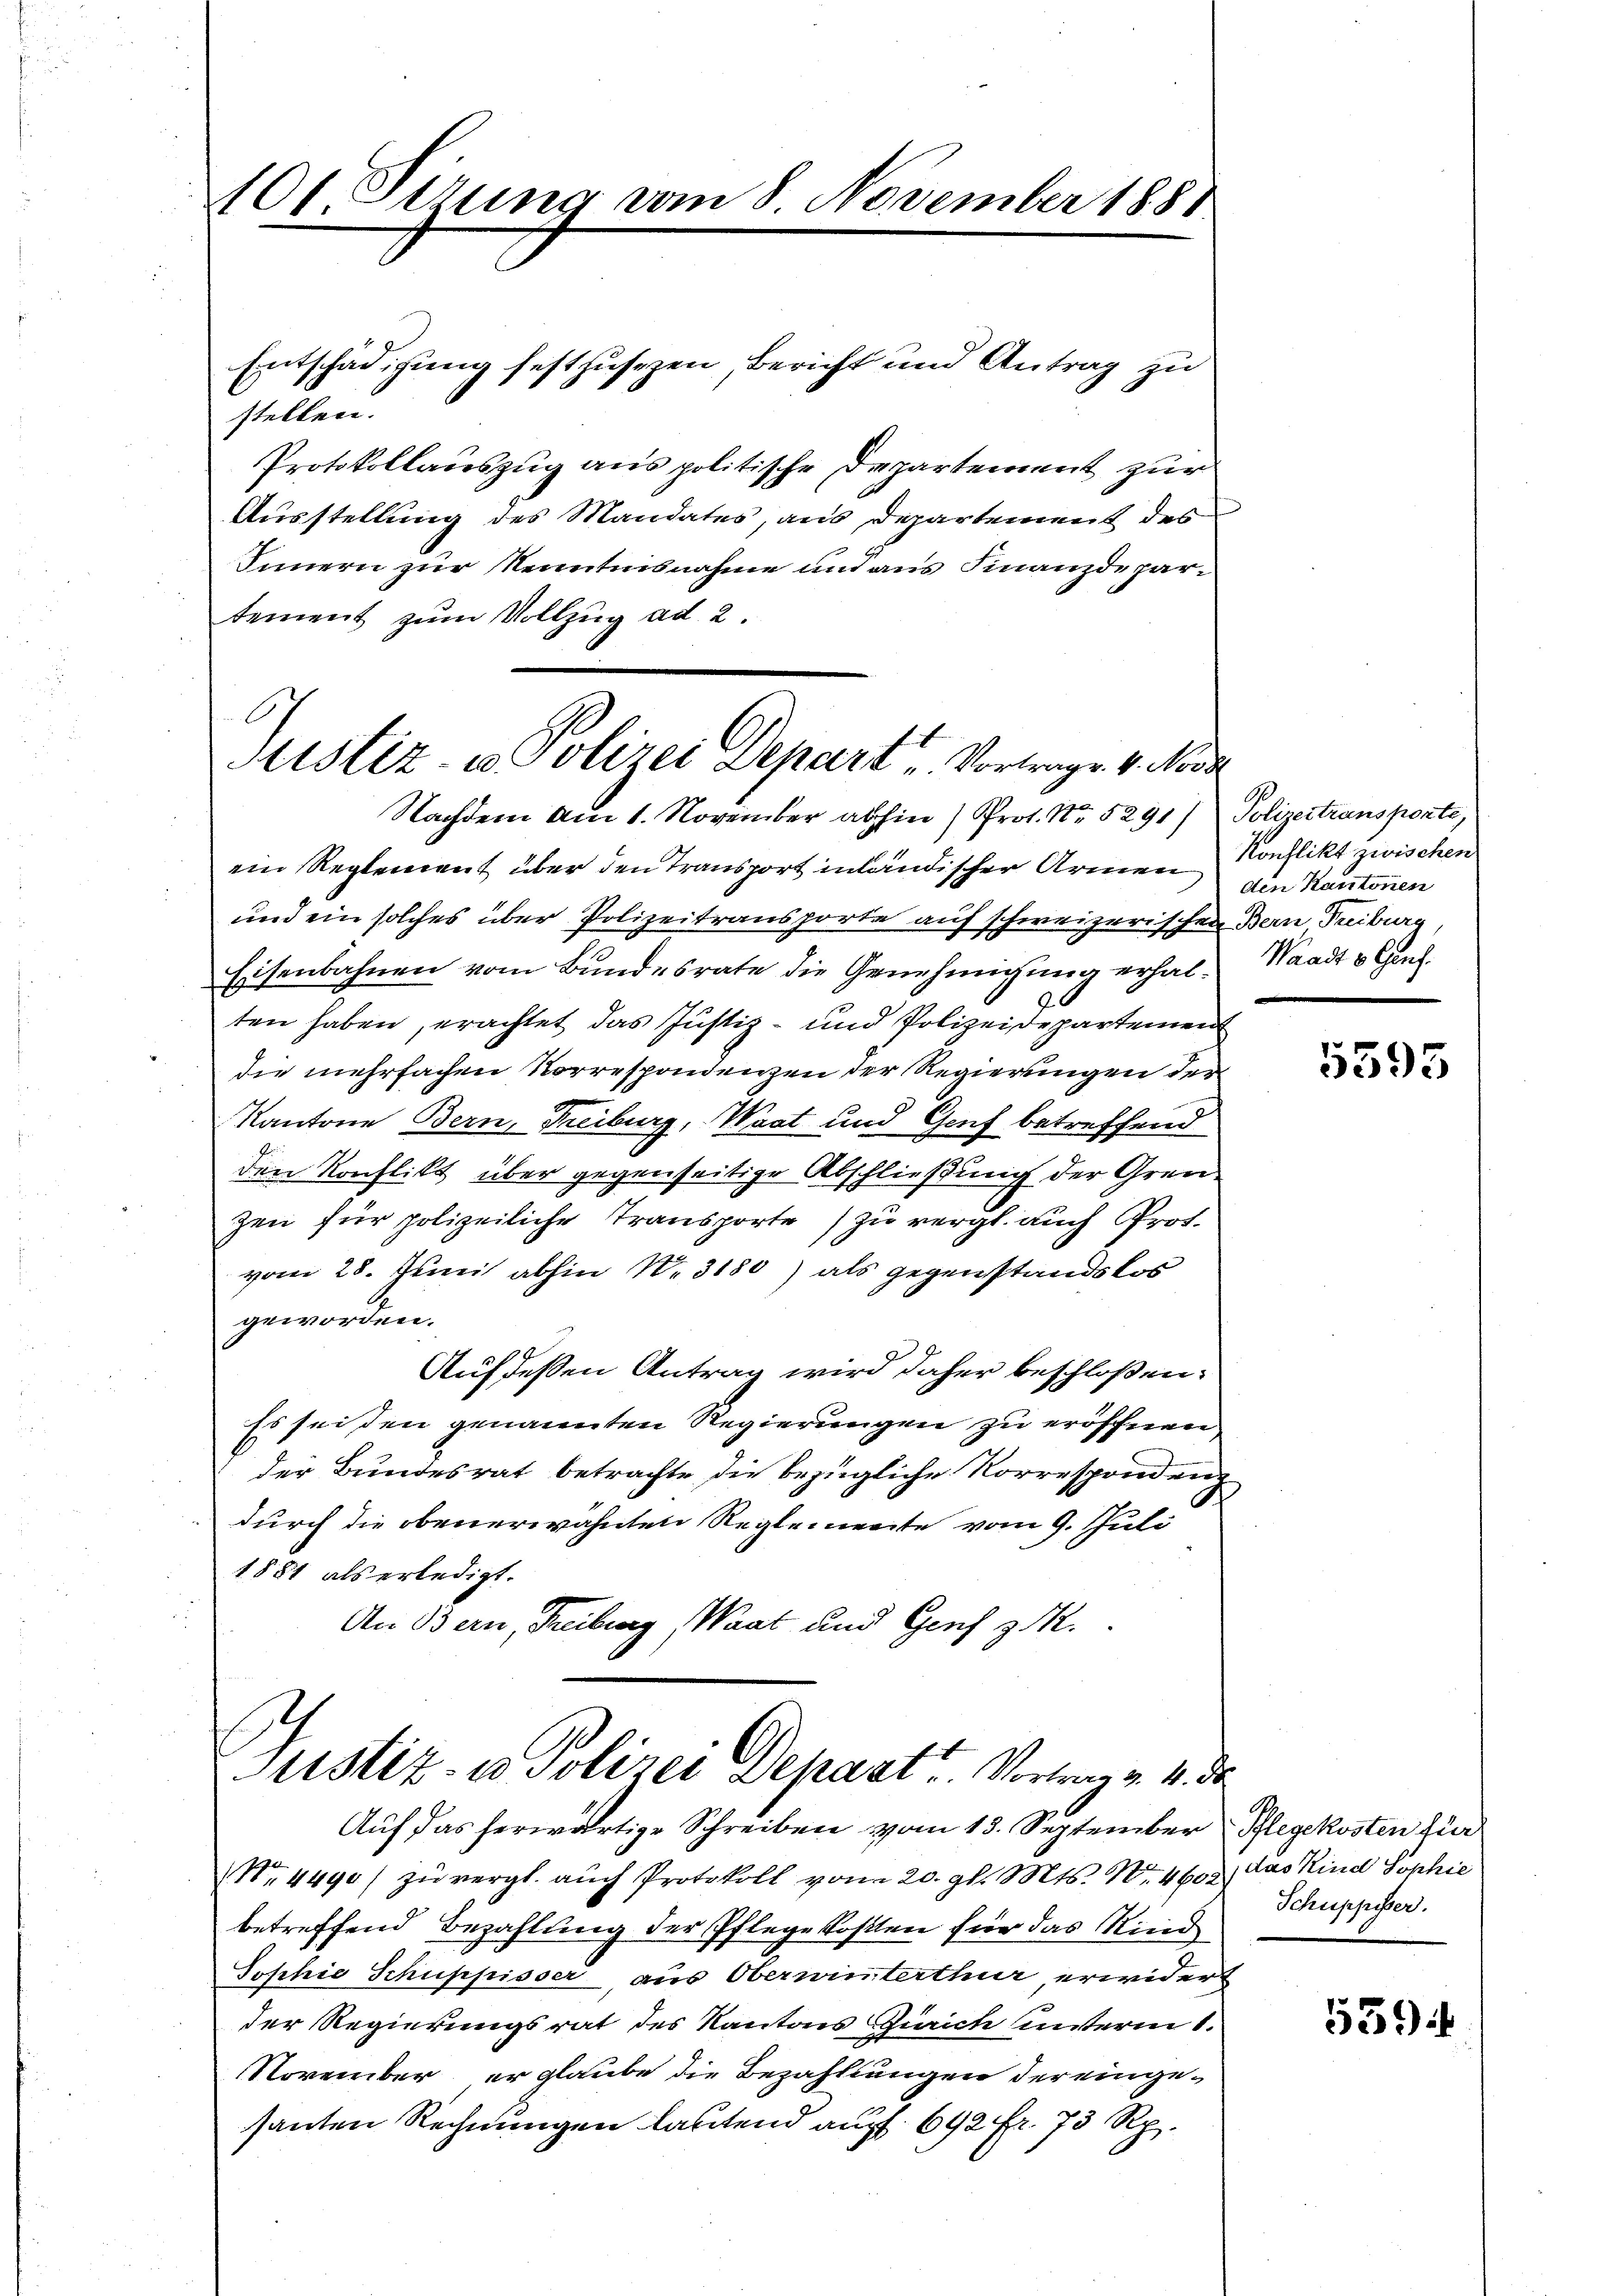
101 Sitzung vom 8. November 1881

Entschädigung festzusezen, Bericht und Antrag zu
stellen.
Protokollauszug aus politische Departement zur
Ausstellung des Mandates, aus Departement des
Innern zur Nenntnisnahme und aus Finanzdepartement zum Vollzug ad 2.

Sistiz- u Polizei Depart Vortrage 4. Nove

Nachdem am 1. November abhin (Prot. Nr. 5291) Polizeitransporte,
ein Reglement über den Transport inländischer Armen ein Kantonen
und ein solches über Polizeitransporte auf schweizerischen Bern Fribourg,
Eisenbahnen vom Bundesrate die Genehmigung erhalten haben, erachtet das Justiz- und Polizeidepartement
die mehrfachen Korrespondenzen der Regierungen der
Kantone Bern, Freiburg, Waat und Gruf betreffend
den Konflikt über gegenseitige Abschließung der Grenzen für polizeiliche Transporte) zu vergl. auch Prot.
vom 28. Juni abhin N. 3180) als gegenstandslos
geworden.
Auf deßen Antrag wird daher beschloßen:
Es sei den genannten Regierungen zu eröffnen
der Bundesrat betrachte die bezügliche Vorresponden
durch die obenerwähnten Reglemente vom 9. Juli
1881 als erledigt.
An Bern, Freiburg, Waat und Genf z.

Justiz- u. Polizei Depart. Vortrag v. 4. d.

Auf das herwärtige Schreiben vom 13. September Pflegekosten für
Nr. 4490 zŭ vergl. aŭch Protokoll vom 20. gl. Mts. No. 460) das Kind Sophie
betreffend Bezahlung der Pflegekosten für das Kind
Sophie Schuppisser, aus Oberwinterthur, erwidert
der Regierungsrat des Kantons Zürich unterm 1.
November er glaube die Bezahlungen der eingesanten Rechnungen lautend auff. 692 fr. 73 Rp.

Konflikt zwischen
Waadt v. Genf.

5593

Schuppisser.

539.